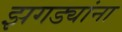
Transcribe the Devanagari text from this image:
झगड्यांना